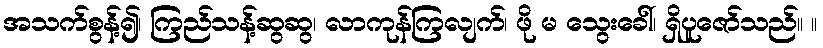
အသက်စွန့်၍၊ ကြည်သန့်ဆွဆွ၊ လာကုန်ကြလျက်၊ ဖို မ သွေးခေါ်၊ ရှိပူဇော်သည်။ ။